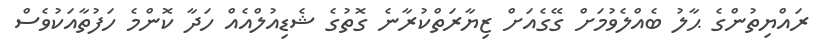
ރައްޔިތުންގެ ޙާލު ބެއްލެވުމަށް ގޭގެއަށް ޒިޔާރަތްކުރާނެ ގޮތުގެ ޝެޑިއުލްއެއް ހަދާ ކޮންމެ ހަފުތާއަކުވެސް